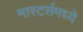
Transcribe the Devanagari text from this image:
मास्टर्समध्ये